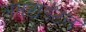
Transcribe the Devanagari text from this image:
अनटाईटल